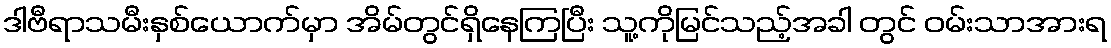
ဒါဗီရာသမီးနှစ်ယောက်မှာ အိမ်တွင်ရှိနေကြပြီး သူ့ကိုမြင်သည့်အခါ တွင် ဝမ်းသာအားရ